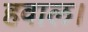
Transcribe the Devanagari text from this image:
हवाल।